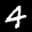
Label: 4